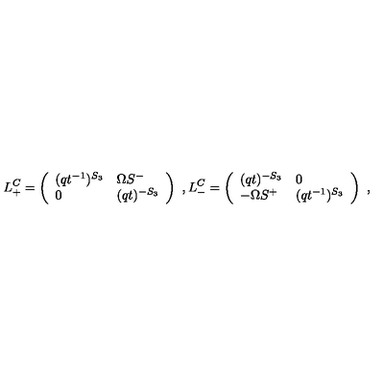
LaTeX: L _ { + } ^ { C } = \left( \begin{array} { l l } { ( q t ^ { - 1 } ) ^ { S _ { 3 } } } & { \Omega S ^ { - } } \\ { 0 } & { ( q t ) ^ { - S _ { 3 } } } \\ \end{array} \right) \ , L _ { - } ^ { C } = \left( \begin{array} { l l } { ( q t ) ^ { - S _ { 3 } } } & { 0 } \\ { - \Omega S ^ { + } } & { ( q t ^ { - 1 } ) ^ { S _ { 3 } } } \\ \end{array} \right) \ ,